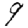
Digit: 9